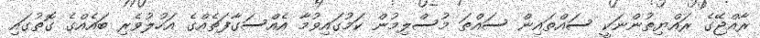
ރާއްޖޭގެ ރައްޔިތުންނަކީ ސައްތައިން ސައްތަ މުސްލިމުން ކަމުގައިވުމާ އެއްސަގާފަތެއްގެ އަހުލުވެރި ބައެއްގެ ގޮތުގައި